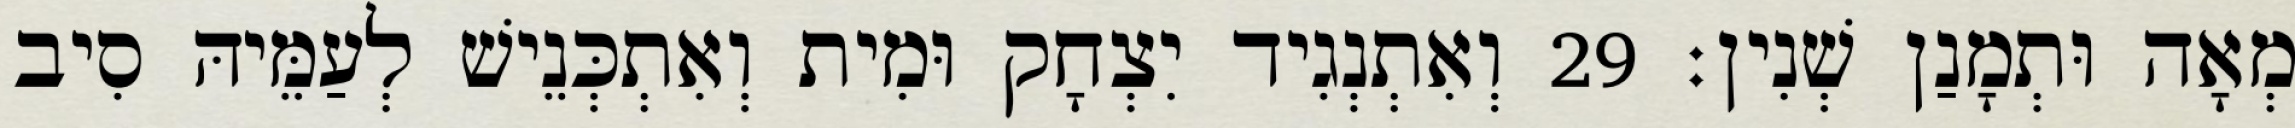
מְאָה וּתְמָנַן שְׁנִין׃ 29 וְאִתְנְגִיד יִצְחָק וּמִית וְאִתְכְּנֵישׁ לְעַמֵּיהּ סִיב